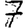
Digit: 7